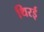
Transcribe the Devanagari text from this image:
थिरई